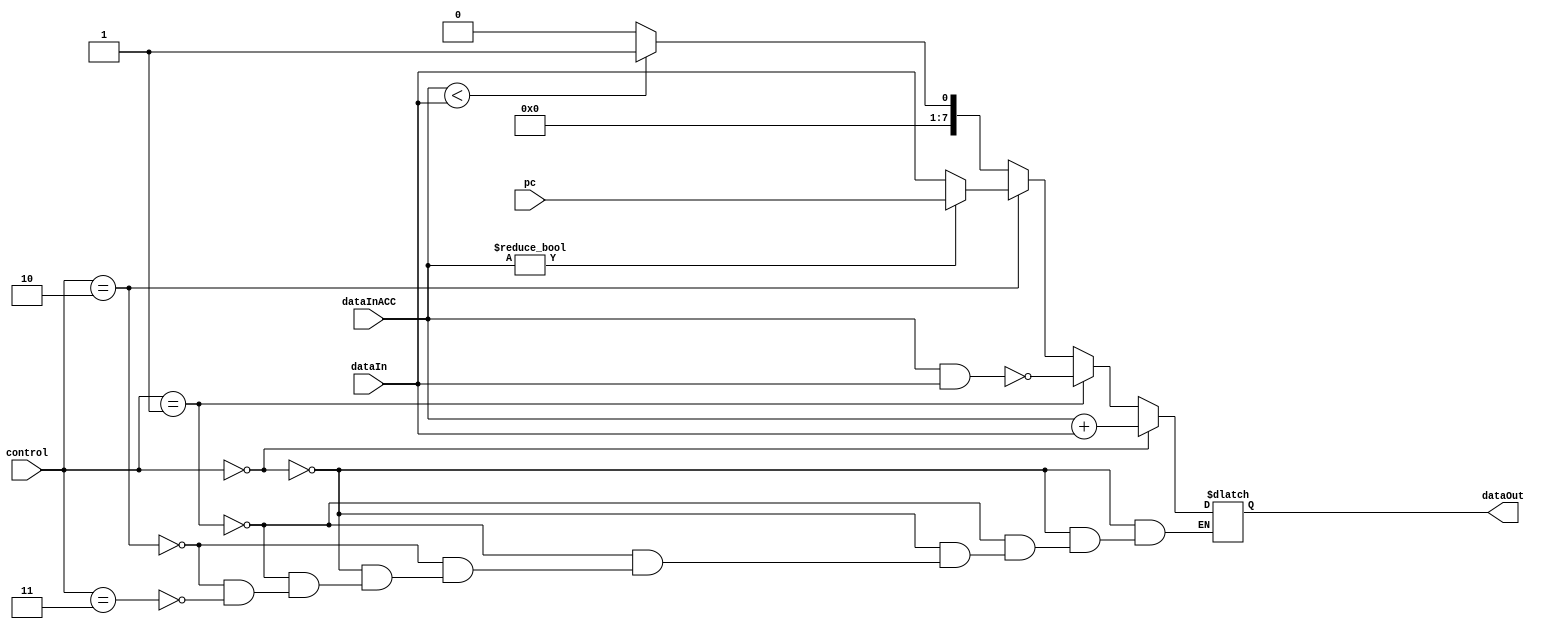
module alu (output reg [7:0] dataOut,
            input [7:0]      dataInACC, //output of accumulator a.k.a. data_out
            input [7:0]      dataIn, //input from mux controled by selAluIn
            input [1:0]      control, //determines function, cntr_alu from controlunit
            input [7:0]      pc
           );

    always @ (pc or control or dataIn or dataInACC) begin
        if(control == 2'b00) begin            //add
            dataOut = dataInACC + dataIn;
        end else if(control == 2'b01) begin   //nand
            dataOut = dataInACC ~& dataIn;
        end else if(control == 2'b10) begin   //branchAddr not zero
            if(dataInACC != /*dataIn*/ 8'b0000_0000) begin
                dataOut = /*8'b0000_0001*/ pc;
            end else begin
                dataOut = /*8'b0000_0000*/ dataIn;
            end
        end else if(control == 2'b11) begin   //set less than
            if(dataInACC < dataIn) begin
                dataOut = 8'b0000_0001;
            end else begin
                dataOut = 8'b0000_0000;
            end
        end
    end

    initial dataOut = 8'b0000_0000;

endmodule